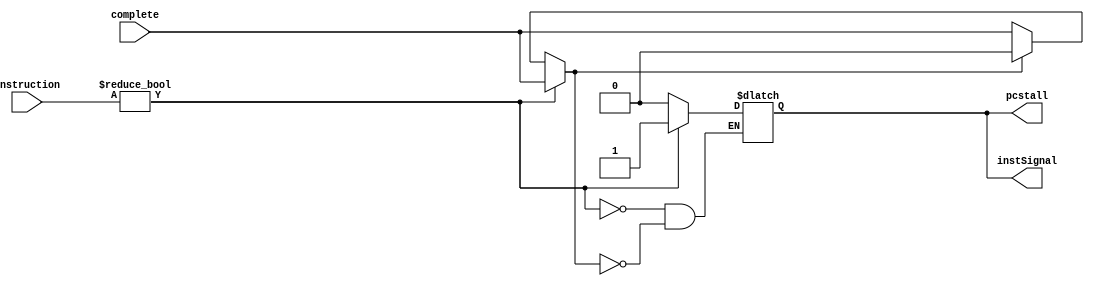
`timescale 1ns / 1ps
//////////////////////////////////////////////////////////////////////////////////
// Company: 
// Engineer: 
// 
// Design Name: 
// Module Name: InstructionHazard
// Project Name: 
// Target Devices: 
// Tool Versions: 
// Description: 
// 
// Dependencies: 
// 
// Revision:
// Revision 0.01 - File Created
// Additional Comments:
// 
//////////////////////////////////////////////////////////////////////////////////


module InstructionHazard(complete, instruction, pcstall, instSignal );

    input complete;
    input [31:0] instruction;
    output reg pcstall, instSignal;
    reg completeCheck;
    
    
    initial begin
        pcstall <= 0;
        instSignal <= 0;
        completeCheck <= 0;
        
       
    end
    
    always @ (complete) begin
        completeCheck <= complete;
        if (instruction != 0) begin
            pcstall <= 1;
            instSignal <= 1;
        end
        else if (completeCheck == 1)begin
            pcstall <= 0;
            instSignal <= 0;
            completeCheck <= 0;
            
            
            end
    
    end

endmodule